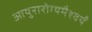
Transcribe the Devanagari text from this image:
आयुरारोग्यमैश्वर्यं